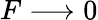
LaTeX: F\longrightarrow 0